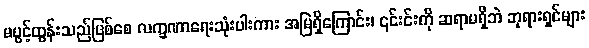
မပွင့်ထွန်းသည်ဖြစ်စေ လက္ခဏာရေးသုံးပါးကား အမြဲရှိကြောင်း၊ ၎င်းင်းကို ဆရာမရှိဘဲ ဘုရားရှင်များ